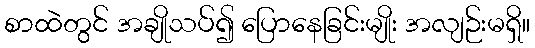
စာထဲတွင် အချိုသပ်၍ ပြောနေခြင်းမျိုး အလျဉ်းမရှိ။